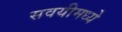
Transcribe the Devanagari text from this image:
सवयीमध्ये